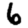
Digit: 6